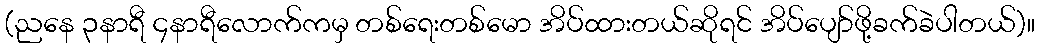
(ညနေ ၃နာရီ ၄နာရီလောက်ကမှ တစ်ရေးတစ်မော အိပ်ထားတယ်ဆိုရင် အိပ်ပျော်ဖို့ခက်ခဲပါတယ်)။